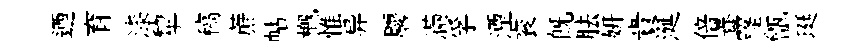
迺育漆犂稿蔗帖槪惟异麐滿孚湮衮旣胠妍貴涎倍養窿甑珽